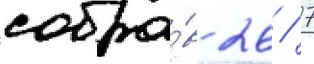
собра́в 26 / 7